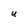
Character: U